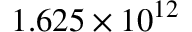
1 . 6 2 5 \times 1 0 ^ { 1 2 }